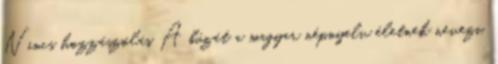
Nincs hozzászólás A búzát a magyar népnyelv életnek nevezi,